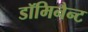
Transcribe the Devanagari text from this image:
डॉमिनैन्ट